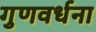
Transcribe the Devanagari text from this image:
गुणवर्धना